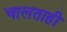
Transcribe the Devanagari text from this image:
चालताही